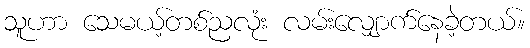
သူဟာ သေမယ့်တစ်ညလုံး လမ်းလျှောက်နေခဲ့တယ်။